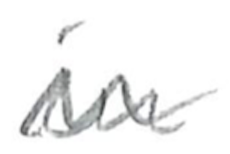
Text: in
Cross-out: wave
Writing tool: pencil